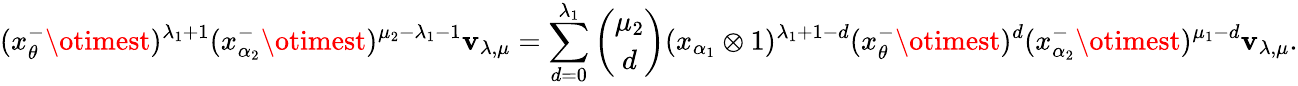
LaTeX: (x_{\theta}^{-}\otimest)^{\lambda_{1}+1}(x_{\alpha_{2}}^{-}\otimest)^{\mu_{2}-\lambda_{1}-1}\mathbf{v}_{\lambda,\mu}=\sum_{d=0}^{\lambda_{1}}{\binom{\mu_{2}}{d}}(x_{\alpha_{1}}\otimes1)^{\lambda_{1}+1-d}(x_{\theta}^{-}\otimest)^{d}(x_{\alpha_{2}}^{-}\otimest)^{\mu_{1}-d}\mathbf{v}_{\lambda,\mu}.